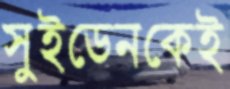
সুইডেনকেই